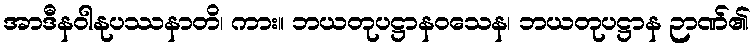
အာဒီနဝါနုပဿနာတိ၊ ကား။ ဘယတုပဋ္ဌာနဝသေန၊ ဘယတုပဋ္ဌာန ဉာဏ်၏